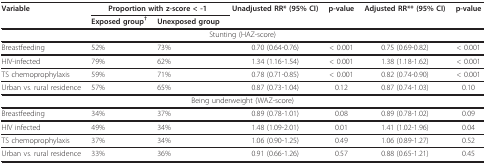
| Variable | <COLSPAN=2> Proportion with z-score < -1 | Unadjusted RR* (95% CI) | p-value | Adjusted RR** (95% CI) | p-value |
 |  | Exposed group† | Unexposed group |  |  |  |  |
 | --- | --- | --- | --- | --- | --- | --- |
 | <COLSPAN=7> Stunting (HAZ-score) |
 | Breastfeeding | 52% | 73% | 0.70 (0.64-0.76) | < 0.001 | 0.75 (0.69-0.82) | < 0.001 |
 | HIV-infected | 79% | 62% | 1.34 (1.16-1.54) | < 0.001 | 1.38 (1.18-1.62) | < 0.001 |
 | TS chemoprophylaxis | 59% | 71% | 0.78 (0.71-0.85) | < 0.001 | 0.82 (0.74-0.90) | < 0.001 |
 | Urban vs. rural residence | 57% | 65% | 0.87 (0.73-1.04) | 0.12 | 0.87 (0.74-1.03) | 0.10 |
 | <COLSPAN=7> Being underweight (WAZ-score) |
 | Breastfeeding | 34% | 37% | 0.89 (0.78-1.01) | 0.08 | 0.89 (0.78-1.02) | 0.09 |
 | HIV infected | 49% | 34% | 1.48 (1.09-2.01) | 0.01 | 1.41 (1.02-1.96) | 0.04 |
 | TS chemoprophylaxis | 37% | 34% | 1.06 (0.90-1.25) | 0.49 | 1.06 (0.89-1.27) | 0.52 |
 | Urban vs. rural residence | 33% | 36% | 0.91 (0.66-1.26) | 0.57 | 0.88 (0.65-1.21) | 0.45 |